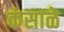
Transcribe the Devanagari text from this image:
कंसाळे